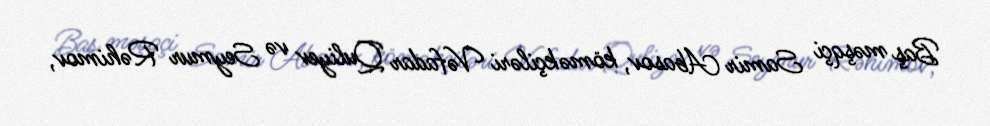
Baş məşqçi Samir Abasov, köməkçiləri Vəfadar Quliyev və Seymur Rəhimov,